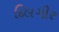
દિલગીર